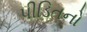
પીડિતનો